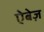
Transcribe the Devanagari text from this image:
ऐबेज़